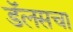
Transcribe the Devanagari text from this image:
डॅलसचा